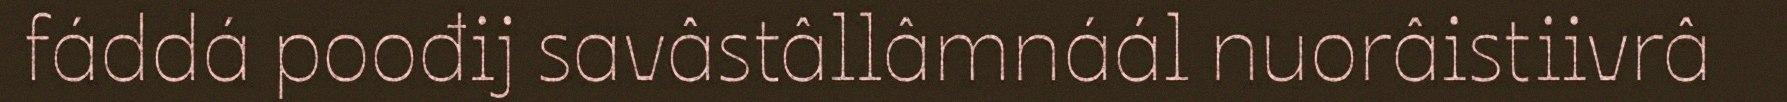
fáddá poođij savâstâllâmnáál nuorâistiivrâ